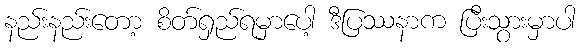
နည်းနည်းတော့ စိတ်ရှည်ရမှာပေါ့ ဒီပြဿနာက ပြီးသွားမှာပါ